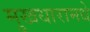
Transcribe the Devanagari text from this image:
मुखधारामधे